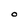
Character: O